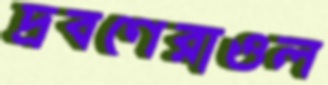
দ্রবণেরাওল